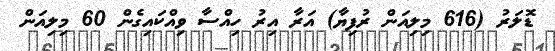
ޑޮލަރު (616 މިލިއަން ރުފިޔާ) އަރާ އިރު ހިއްސާ ވިއްކައިގެން 60 މިލިއަން